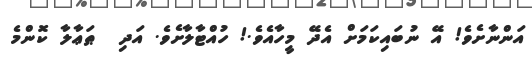
އަންނާށެވެ! އޭ ނުބައިކަމަށް އެދޭ މީހާއެވެ.! ހުއްޓާލާށެވެ. އަދި  ޠަޢާލާ ކޮންމެ